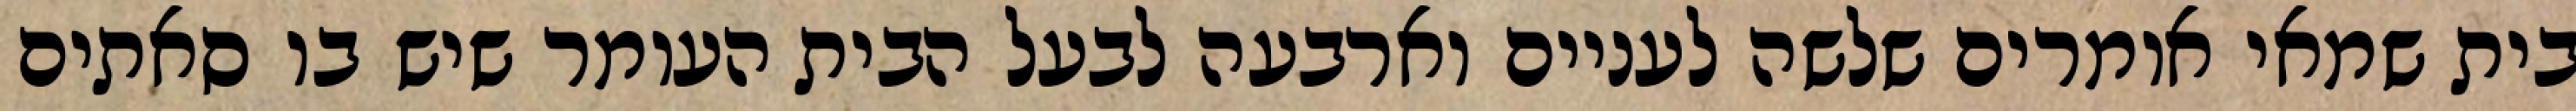
בית שמאי אומרים שלשה לעניים וארבעה לבעל הבית העומר שיש בו סאתים